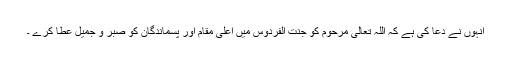
انہوں نے دعا کی ہے کہ اللہ تعالیٰ مرحوم کو جنت الفردوس میں اعلیٰ مقام اور پسماندگان کو صبر و جمیل عطا کرے ۔